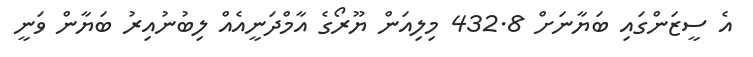
އެ ސީޒަންގައި ބަޔާނަށް 432.8 މިލިއަން ޔޫރޯގެ އާމްދަނީއެއް ލިބުނުއިރު ބަޔާން ވަނީ